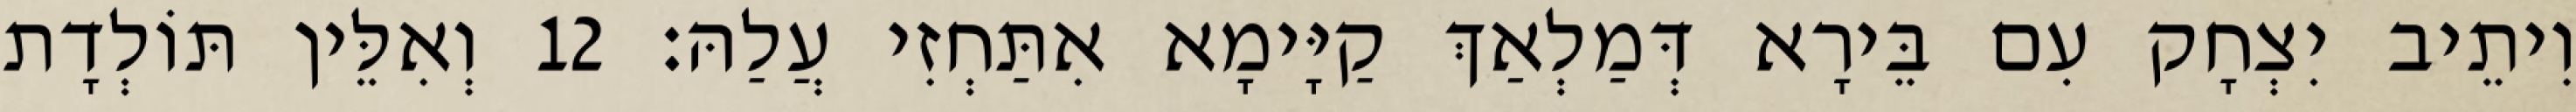
וִיתֵיב יִצְחָק עִם בֵּירָא דְּמַלְאַךְ קַיָּימָא אִתַּחְזִי עֲלַהּ׃ 12 וְאִלֵּין תּוֹלְדָת